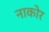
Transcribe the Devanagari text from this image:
नाकोर